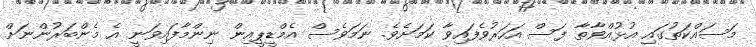
މަސައްކަތުގައި އުޅުއްވާތާ ފަސް އަހަރުވެފައިވާ ކަމަށެވެ. ނަމަވެސް އެމްޑީޕީއިން ނިންމާފައިވަނީ އެ މެންބަރުންނަށް